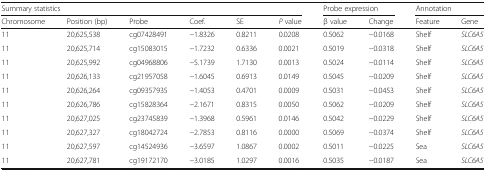
| <COLSPAN=6> Summary statistics | <COLSPAN=2> Probe expression | <COLSPAN=2> Annotation |
 | Chromosome | Position (bp) | Probe | Coef. | SE | P value | β value | Change | Feature | Gene |
 | --- | --- | --- | --- | --- | --- | --- | --- | --- | --- |
 | 11 | 20,625,538 | cg07428491 | −1.8326 | 0.8211 | 0.0208 | 0.5062 | −0.0168 | Shelf | SLC6A5 |
 | 11 | 20,625,714 | cg15083015 | −1.7232 | 0.6336 | 0.0021 | 0.5019 | −0.0318 | Shelf | SLC6A5 |
 | 11 | 20,625,992 | cg04968806 | −5.1739 | 1.7130 | 0.0013 | 0.5024 | −0.0114 | Shelf | SLC6A5 |
 | 11 | 20,626,133 | cg21957058 | −1.6045 | 0.6913 | 0.0149 | 0.5045 | −0.0209 | Shelf | SLC6A5 |
 | 11 | 20,626,264 | cg09357935 | −1.4053 | 0.4701 | 0.0009 | 0.5031 | −0.0453 | Shelf | SLC6A5 |
 | 11 | 20,626,786 | cg15828364 | −2.1671 | 0.8315 | 0.0050 | 0.5062 | −0.0209 | Shelf | SLC6A5 |
 | 11 | 20,627,025 | cg23745839 | −1.3968 | 0.5961 | 0.0146 | 0.5042 | −0.0229 | Shelf | SLC6A5 |
 | 11 | 20,627,327 | cg18042724 | −2.7853 | 0.8116 | 0.0000 | 0.5069 | −0.0374 | Shelf | SLC6A5 |
 | 11 | 20,627,597 | cg14524936 | −3.6597 | 1.0867 | 0.0002 | 0.5011 | −0.0225 | Sea | SLC6A5 |
 | 11 | 20,627,781 | cg19172170 | −3.0185 | 1.0297 | 0.0016 | 0.5035 | −0.0187 | Sea | SLC6A5 |